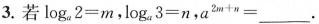
3.若$$\log_{a}2=m$$,$$\log_{a}3=n$$,$$a^{2m+n}=___$$.